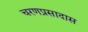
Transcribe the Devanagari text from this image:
चरणप्रसादास